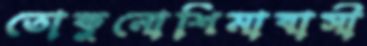
তোকুনোশিমাবাসী